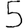
Digit: 5